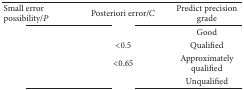
<table><thead><tr><td><b>Small error possibility/<i>P</i></b></td><td><b>Posteriori error/<i>C</i></b></td><td><b>Predict precision grade</b></td></tr></thead><tbody><tr><td>[EMPTY_CELL]</td><td>[EMPTY_CELL]</td><td>Good</td></tr><tr><td>[EMPTY_CELL]</td><td>&lt;0.5</td><td>Qualified </td></tr><tr><td>[EMPTY_CELL]</td><td>&lt;0.65</td><td>Approximately qualified</td></tr><tr><td>[EMPTY_CELL]</td><td>[EMPTY_CELL]</td><td>Unqualified</td></tr></tbody></table>